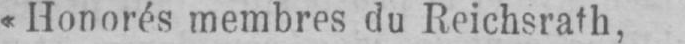
«Honorés membres du Reichsrath,